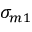
\sigma _ { m 1 }